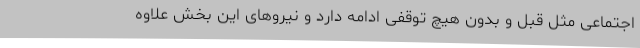
اجتماعی مثل قبل و بدون هیچ توقفی ادامه دارد و نیروهای این بخش علاوه